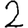
Digit: 2